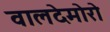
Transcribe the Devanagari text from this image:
वालदेमोरो